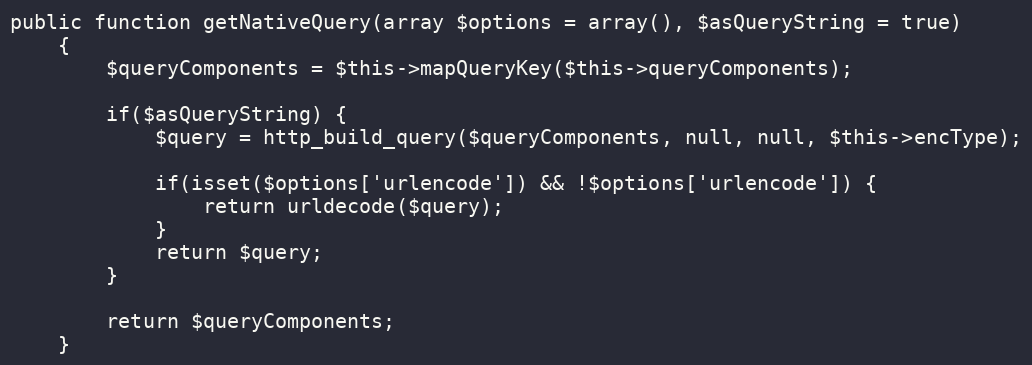
Language: PHP
public function getNativeQuery(array $options = array(), $asQueryString = true)
    {
        $queryComponents = $this->mapQueryKey($this->queryComponents);

        if($asQueryString) {
            $query = http_build_query($queryComponents, null, null, $this->encType);

            if(isset($options['urlencode']) && !$options['urlencode']) {
                return urldecode($query);
            }
            return $query;
        }

        return $queryComponents;
    }